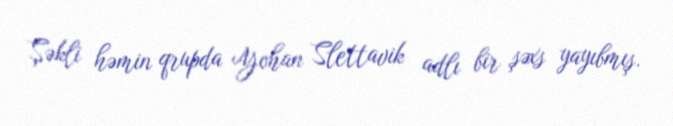
Şəkli həmin qrupda Yohan Slettavik adlı bir şəxs yayıbmış.